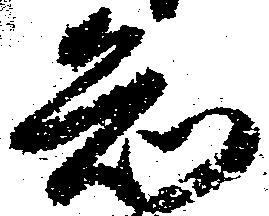
知